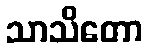
သာသိတော